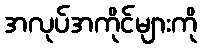
အလုပ်အကိုင်များကို